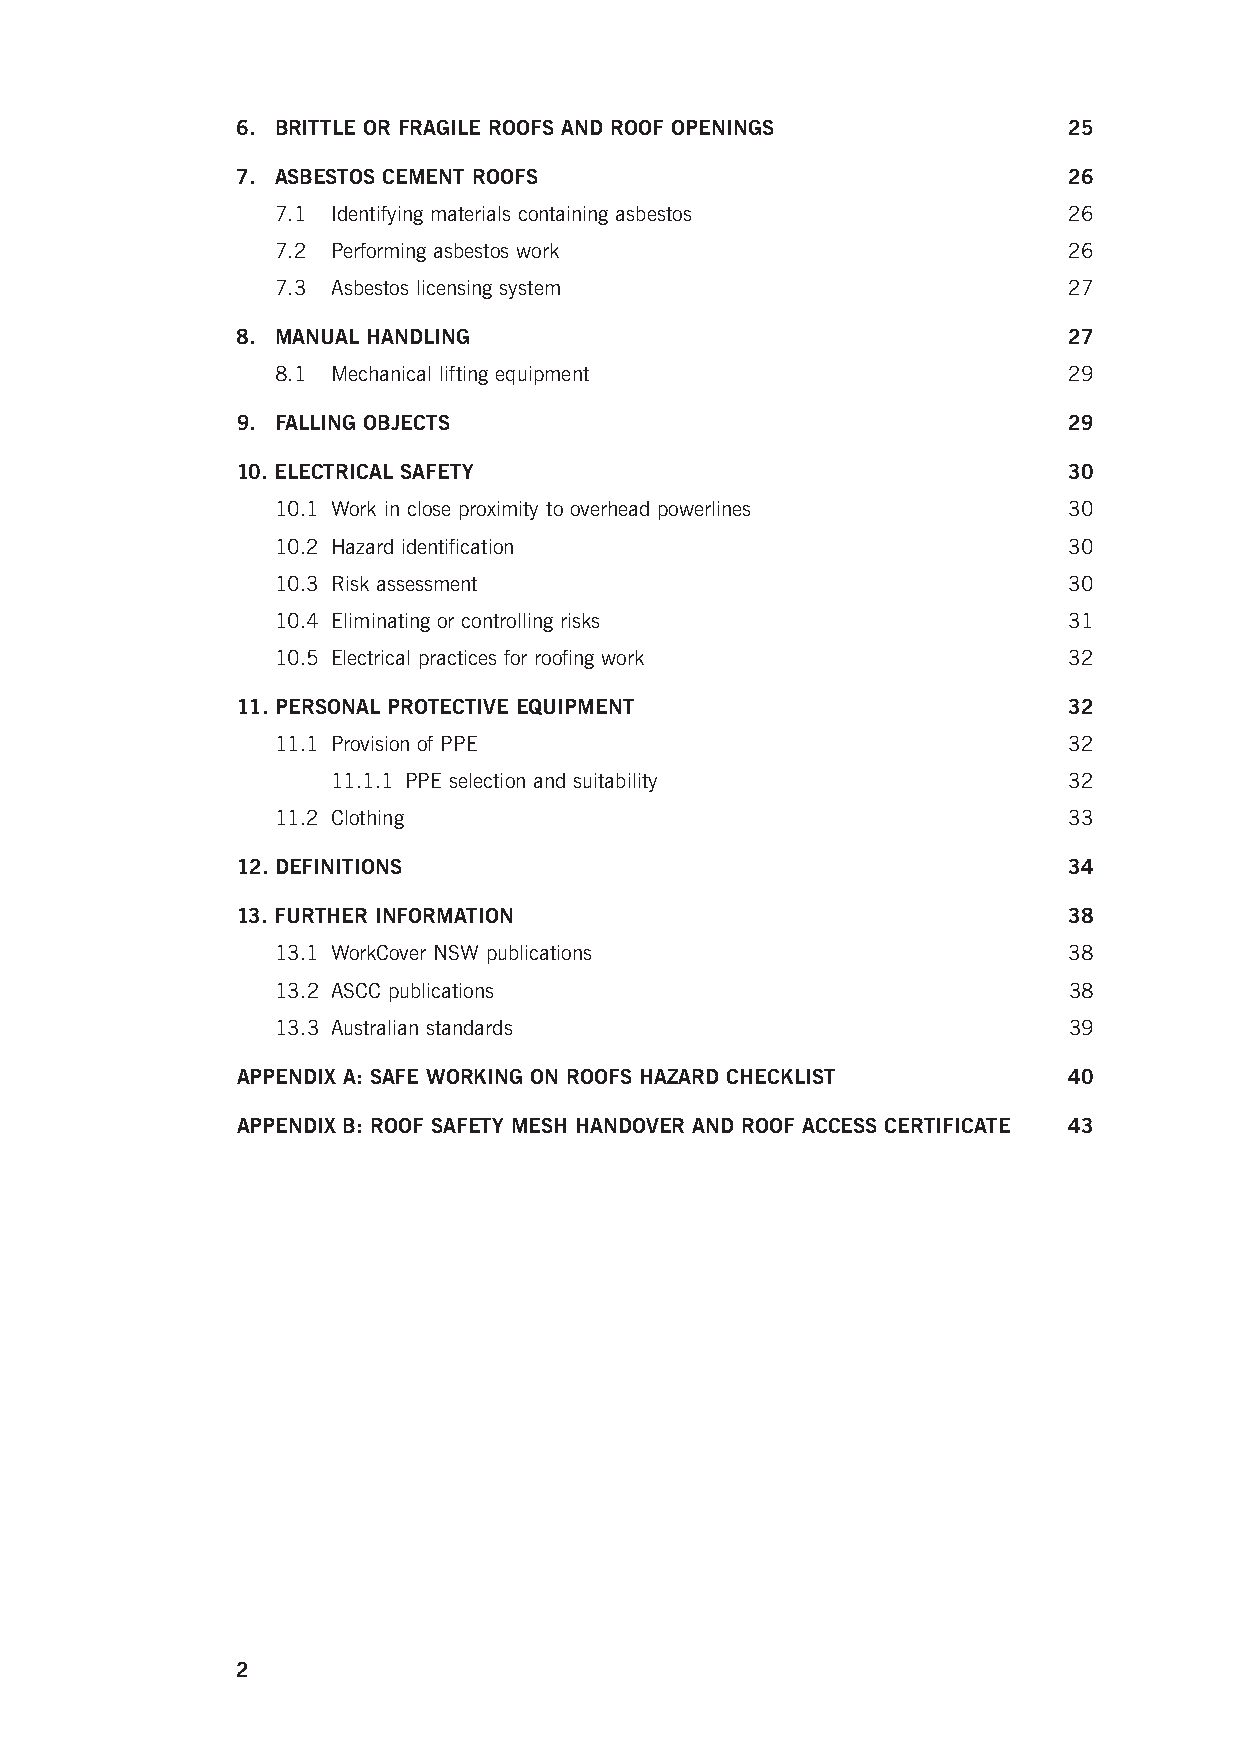
6. BRITTLE OR FRAGILE ROOFS AND ROOF OPENINGS          25
 7. ASBESTOS CEMENT ROOFS                               26
 7.1 Identifying materials containing asbestos        26
 7.2 Performing asbestos work                         26
 7.3 Asbestos licensing system                        27
 8. MANUAL HANDLING                                     27
 8.1 Mechanical lifting equipment                     29
 9. FALLING OBJECTS                                     29
 10. ELECTRICAL SAFETY                                  30
 10.1 Work in close proximity to overhead powerlines  30
 10.2 Hazard identification                           30
 10.3 Risk assessment                                 30
 10.4 Eliminating or controlling risks                31
 10.5 Electrical practices for roofing work           32
 11. PERSONAL PROTECTIVE EQUIPMENT                      32
 11.1 Provision of PPE                                32
 11.1.1 PPE selection and suitability             32
 11.2 Clothing                                        33
 12. DEFINITIONS                                        34
 13. FURTHER INFORMATION                                38
 13.1 WorkCover NSW publications                      38
 13.2 ASCC publications                               38
 13.3 Australian standards                            39
 APPENDIX A: SAFE WORKING ON ROOFS HAZARD CHECKLIST     40
 APPENDIX B: ROOF SAFETY MESH HANDOVER AND ROOF ACCESS CERTIFICATE 43
 2